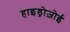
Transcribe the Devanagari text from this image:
हाइड्रोज़ोई